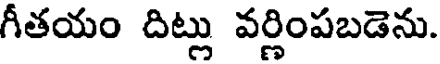
గీతయం దిట్లు వర్ణింపబడెను.